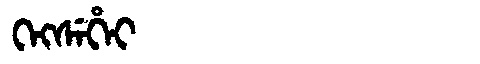
Manchu: ᡴᡝᡴᠰᡝᡥᡝᡳ
Romanization: KEKSEHEI